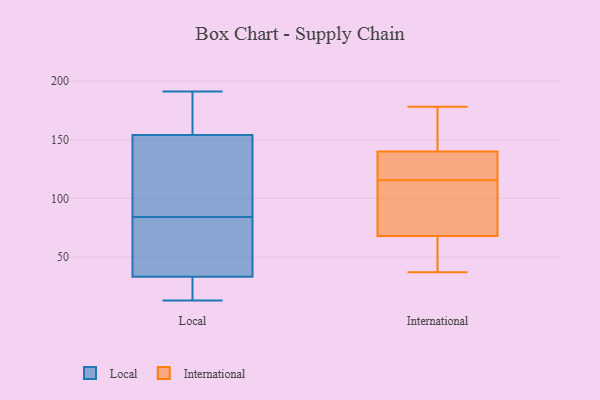
{"axis": {"x": "Inventory Turnover", "y": "Value"}, "legend": ["International", "Local"], "data": [{"x": "", "y": 14, "type": "Local"}, {"x": "", "y": 119, "type": "Local"}, {"x": "", "y": 84, "type": "Local"}, {"x": "", "y": 68, "type": "Local"}, {"x": "", "y": 191, "type": "Local"}, {"x": "", "y": 145, "type": "Local"}, {"x": "", "y": 187, "type": "Local"}, {"x": "", "y": 13, "type": "Local"}, {"x": "", "y": 25, "type": "Local"}, {"x": "", "y": 77, "type": "Local"}, {"x": "", "y": 188, "type": "Local"}, {"x": "", "y": 181, "type": "Local"}, {"x": "", "y": 34, "type": "Local"}, {"x": "", "y": 102, "type": "Local"}, {"x": "", "y": 114, "type": "Local"}, {"x": "", "y": 31, "type": "Local"}, {"x": "", "y": 57, "type": "Local"}, {"x": "", "y": 140, "type": "International"}, {"x": "", "y": 178, "type": "International"}, {"x": "", "y": 162, "type": "International"}, {"x": "", "y": 43, "type": "International"}, {"x": "", "y": 115, "type": "International"}, {"x": "", "y": 74, "type": "International"}, {"x": "", "y": 37, "type": "International"}, {"x": "", "y": 153, "type": "International"}, {"x": "", "y": 47, "type": "International"}, {"x": "", "y": 116, "type": "International"}, {"x": "", "y": 68, "type": "International"}, {"x": "", "y": 119, "type": "International"}, {"x": "", "y": 91, "type": "International"}, {"x": "", "y": 137, "type": "International"}]}